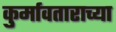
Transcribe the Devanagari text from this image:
कुर्मावताराच्या